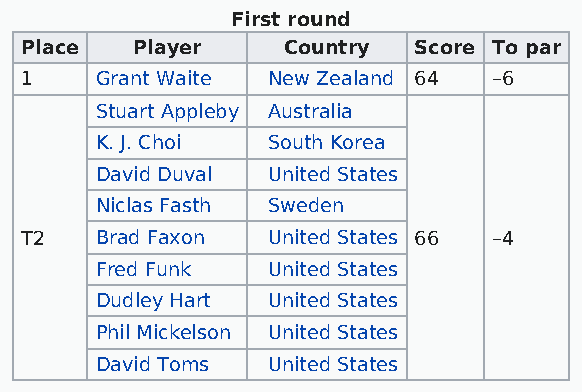
First round
 Place   Player    Country Score To par
 1    Grant Waite New Zealand 64 –6
 Stuart Appleby Australia
 K. J. Choi  South Korea
 David Duval United States
 Niclas Fasth Sweden
 T2   Brad Faxon  United States 66 –4
 Fred Funk   United States
 Dudley Hart United States
 Phil Mickelson United States
 David Toms  United States